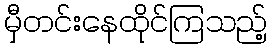
မှီတင်းနေထိုင်ကြသည့်